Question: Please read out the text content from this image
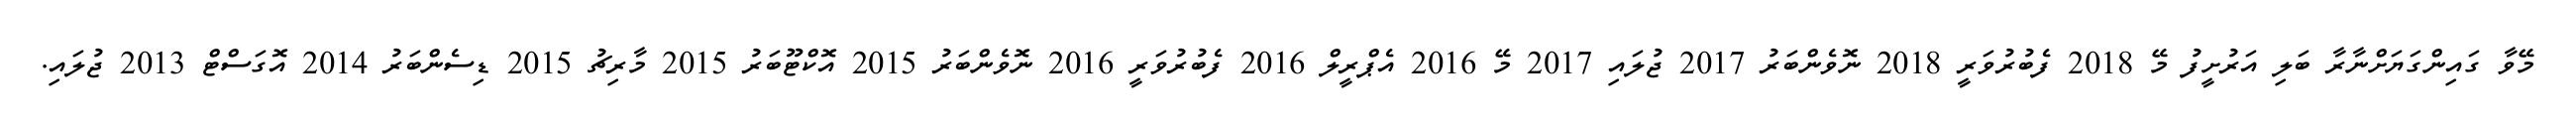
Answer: މޭވާ ގައިންގަޔަށްނާރާ ބަލި އަރުށީފު މޭ 2018 ފެބުރުވަރީ 2018 ނޮވެންބަރު 2017 ޖުލައި 2017 މޭ 2016 އެޕްރީލް 2016 ފެބުރުވަރީ 2016 ނޮވެންބަރު 2015 އޮކްޓޫބަރު 2015 މާރިޗު 2015 ޑިސެންބަރު 2014 އޮގަސްޓް 2013 ޖުލައި.